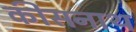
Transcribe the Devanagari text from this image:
कीसनाथ